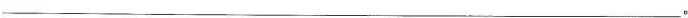
___。